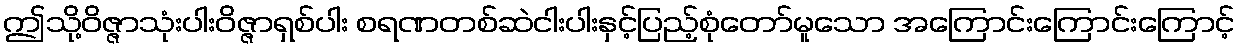
ဤသို့ဝိဇ္ဇာသုံးပါးဝိဇ္ဇာရှစ်ပါး စရဏတစ်ဆဲငါးပါးနှင့်ပြည့်စုံတော်မူသော အကြောင်းကြောင်းကြောင့်